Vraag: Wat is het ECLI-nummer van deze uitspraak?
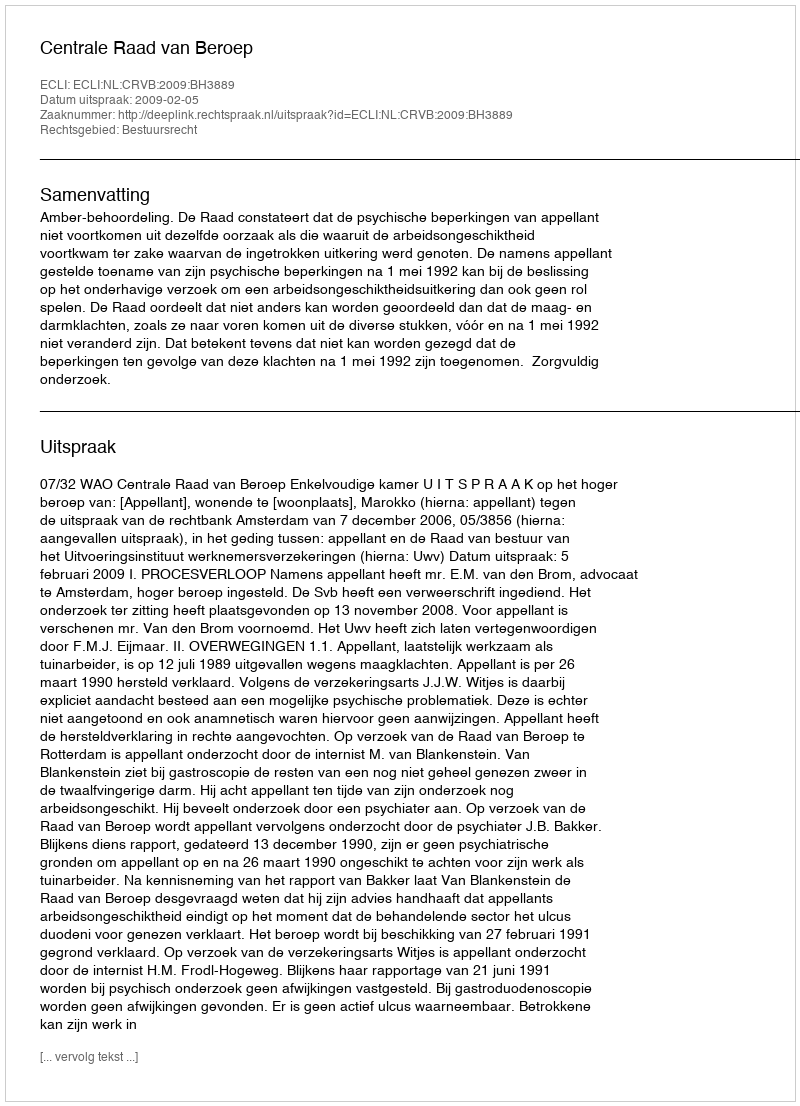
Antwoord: ECLI:NL:CRVB:2009:BH3889